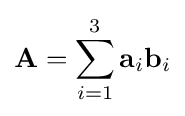
\mathbf {A} =\sum _{i=1}^{3}\mathbf {a} _{i}\mathbf {b} _{i}